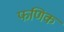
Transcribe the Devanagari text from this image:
फणिक